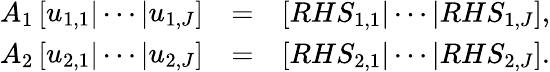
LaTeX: \begin{array}{rlr}{A_{1}\left[\begin{array}{lll}{{u}_{1,1}}\end{array}|\cdots|\begin{array}{l}{{u}_{1,J}}\end{array}\right]}&{=}&{\left[RHS_{1,1}|\cdots|RHS_{1,J}\right],}\\ {A_{2}\left[\begin{array}{lll}{{u}_{2,1}}\end{array}|\cdots|\begin{array}{l}{{u}_{2,J}}\end{array}\right]}&{=}&{\left[RHS_{2,1}|\cdots|RHS_{2,J}\right].}\end{array}